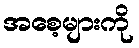
အစေ့များကို